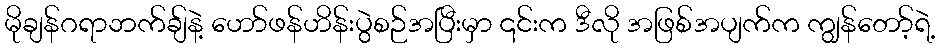
မိုချန်ဂရာဘက်ချ်နဲ့ ဟော်ဖန်ဟိန်းပွဲစဉ်အပြီးမှာ ၎င်းက ဒီလို အဖြစ်အပျက်က ကျွန်တော့်ရဲ့